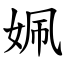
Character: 姵